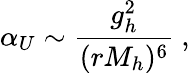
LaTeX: \alpha_{U}\sim{\frac{g_{h}^{2}}{(rM_{h})^{6}}}\ ,